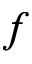
\v { f }